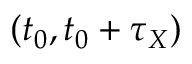
( t _ { 0 } , t _ { 0 } + \tau _ { X } )